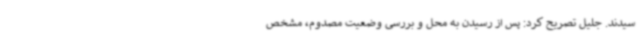
سیدند. جلیل تصریح کرد: پس از رسیدن به محل و بررسی وضعیت مصدوم، مشخص